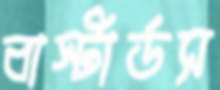
বাস্টার্ডস